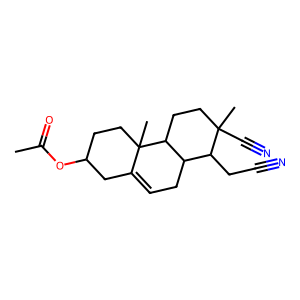
SMILES: CC(=O)OC1CCC2(C)C(=CCC3C(CC#N)C(C)(C#N)CCC32)C1
Inhibits HIV replication: No